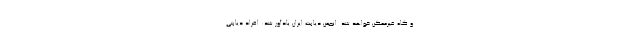
و گاه غیرممکن خواهد شد. انجمن دیابت ایران یادآور شد: افراد دیابتی